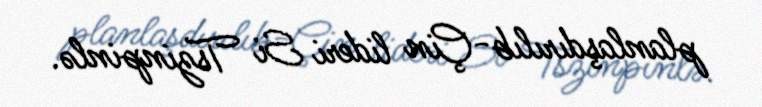
planlaşdırılıb-Çin lideri Si Tszinpinlə.